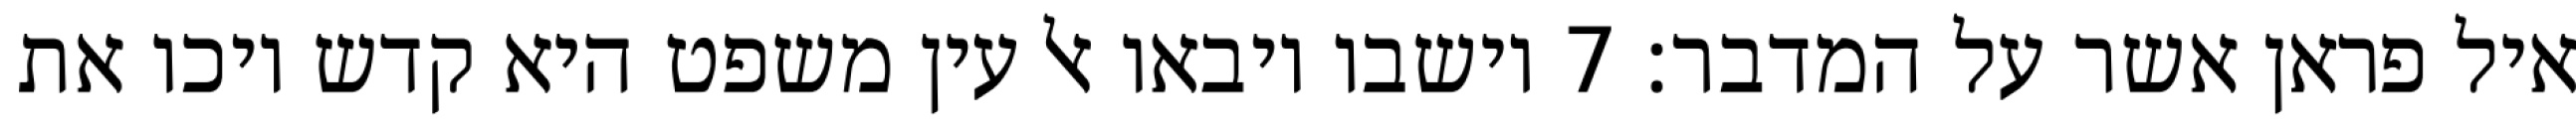
איל פראן אשר על המדבר׃ ‎7‏ וישבו ויבאו אל עין משפט היא קדש ויכו את